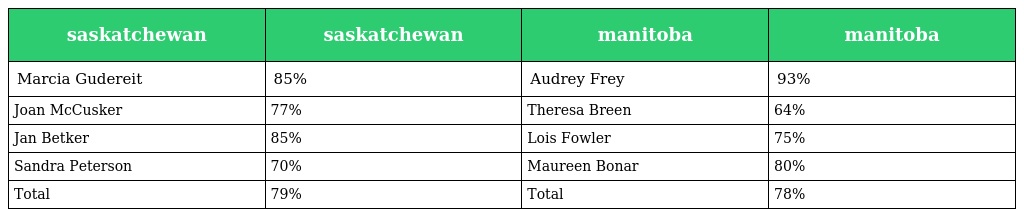
| saskatchewan | saskatchewan | manitoba | manitoba |
 | --- | --- | --- | --- |
 | Marcia Gudereit | 85% | Audrey Frey | 93% |
 | Joan McCusker | 77% | Theresa Breen | 64% |
 | Jan Betker | 85% | Lois Fowler | 75% |
 | Sandra Peterson | 70% | Maureen Bonar | 80% |
 | Total | 79% | Total | 78% |